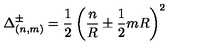
\Delta _ { ( n , m ) } ^ { \pm } = \frac { 1 } { 2 } \left( \frac { n } { R } \pm \frac { 1 } { 2 } m R \right) ^ { 2 }